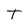
Character: T